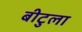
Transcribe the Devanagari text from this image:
बीटुला